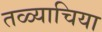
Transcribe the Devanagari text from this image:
तळ्याचिया